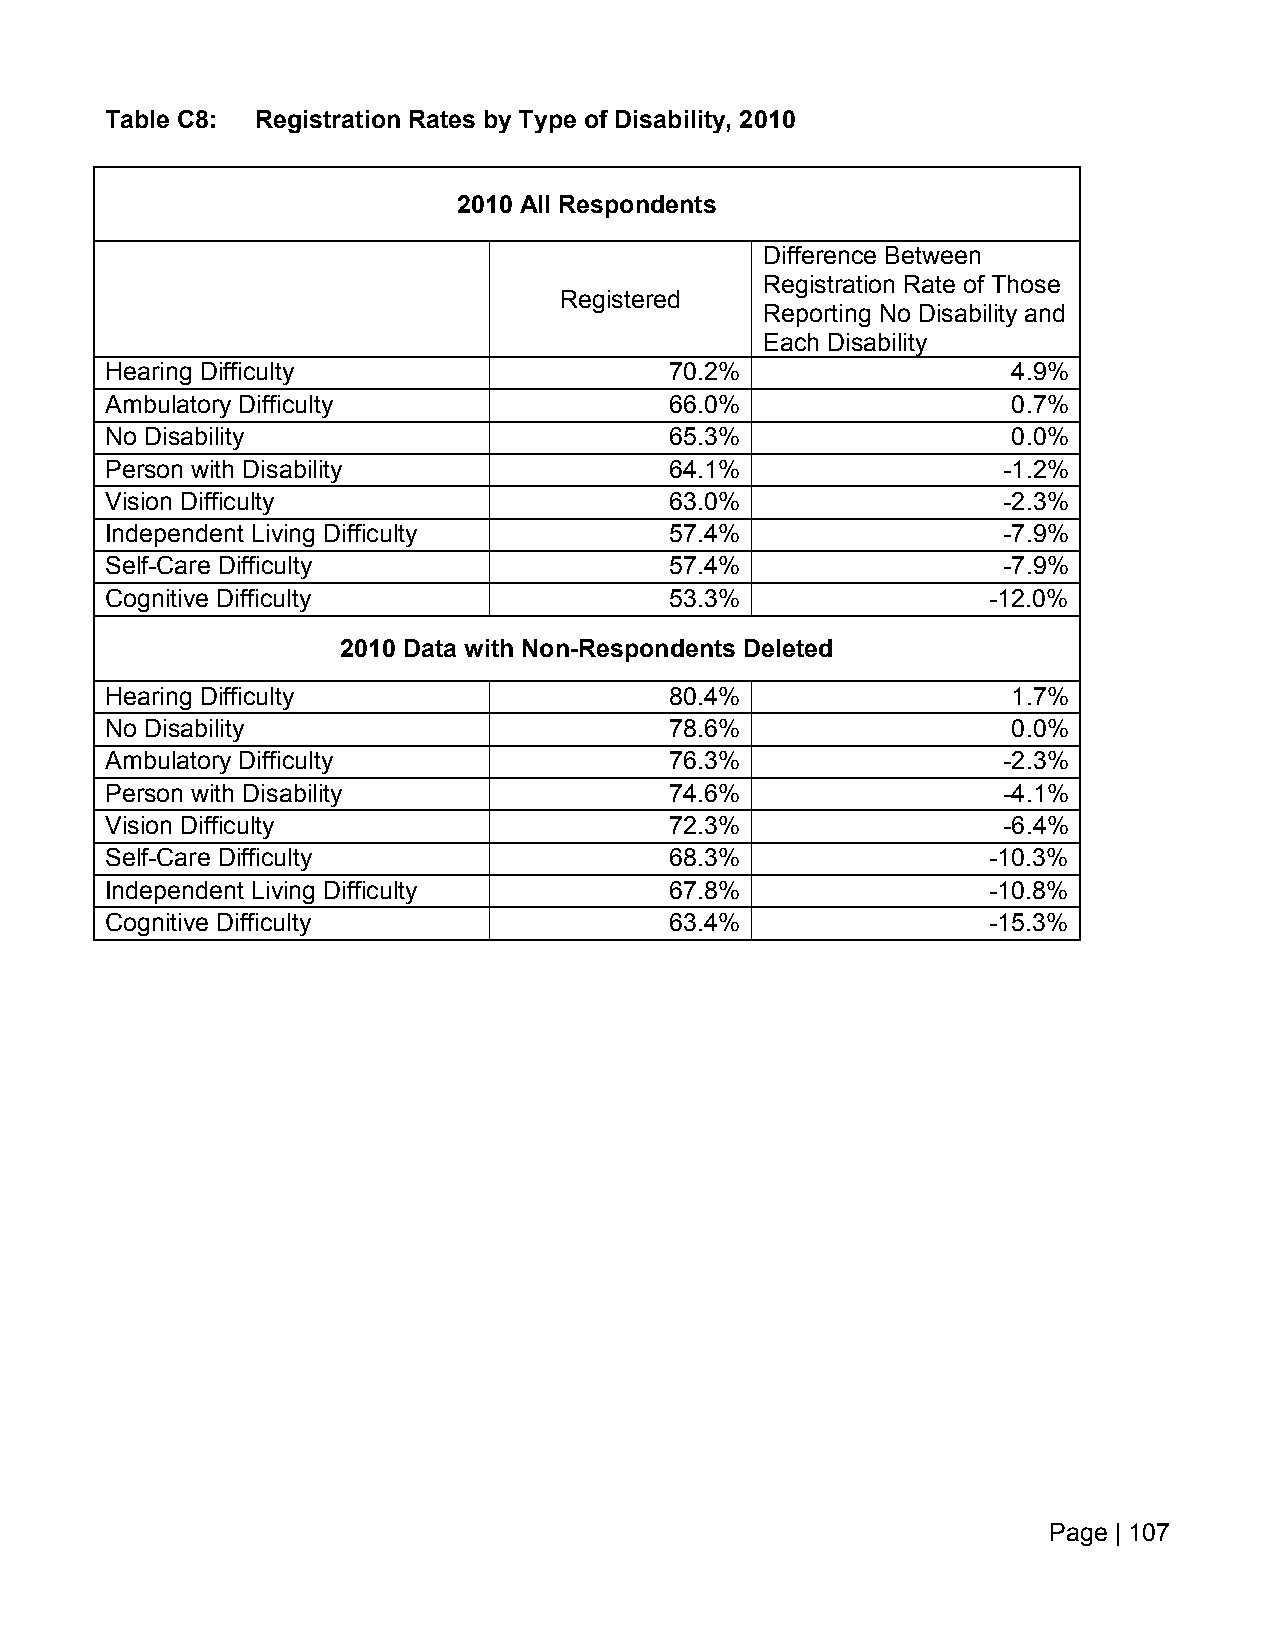
Table C8: Registration Rates by Type of Disability, 2010
 2010 All Respondents
 Difference Between
 Registration Rate of Those
 Registered
 Reporting No Disability and
 Each Disability
 Hearing Difficulty                   70.2%                  4.9%
 Ambulatory Difficulty                66.0%                  0.7%
 No Disability                        65.3%                  0.0%
 Person with Disability               64.1%                 -1.2%
 Vision Difficulty                    63.0%                 -2.3%
 Independent Living Difficulty        57.4%                 -7.9%
 Self-Care Difficulty                 57.4%                 -7.9%
 Cognitive Difficulty                 53.3%                -12.0%
 2010 Data with Non-Respondents Deleted
 Hearing Difficulty                   80.4%                  1.7%
 No Disability                        78.6%                  0.0%
 Ambulatory Difficulty                76.3%                 -2.3%
 Person with Disability               74.6%                 -4.1%
 Vision Difficulty                    72.3%                 -6.4%
 Self-Care Difficulty                 68.3%                -10.3%
 Independent Living Difficulty        67.8%                -10.8%
 Cognitive Difficulty                 63.4%                -15.3%
 Page | 107